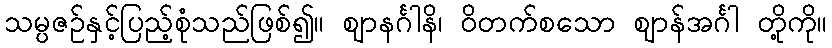
သမ္ပဇဉ်နှင့်ပြည့်စုံသည်ဖြစ်၍။ ဈာနင်္ဂါနိ၊ ဝိတက်စသော ဈာန်အင်္ဂါ တို့ကို။